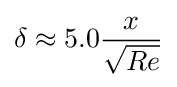
\delta \approx 5.0{x \over {\sqrt {Re}}}